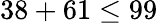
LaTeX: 38+61\leq 99